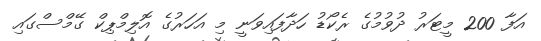
އަފާ 200 މީޓަރު ދުވުމުގެ ރެކޯޑު ހަދާފައިވަނީ މި އަހަރުގެ އޮލިމްޕިކް ގޭމްސްގައި